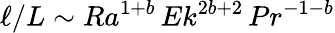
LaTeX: \ell/L\sim Ra^{1+b}\, Ek^{2b+2}\, Pr^{-1-b}